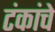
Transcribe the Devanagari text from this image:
टंकांचे